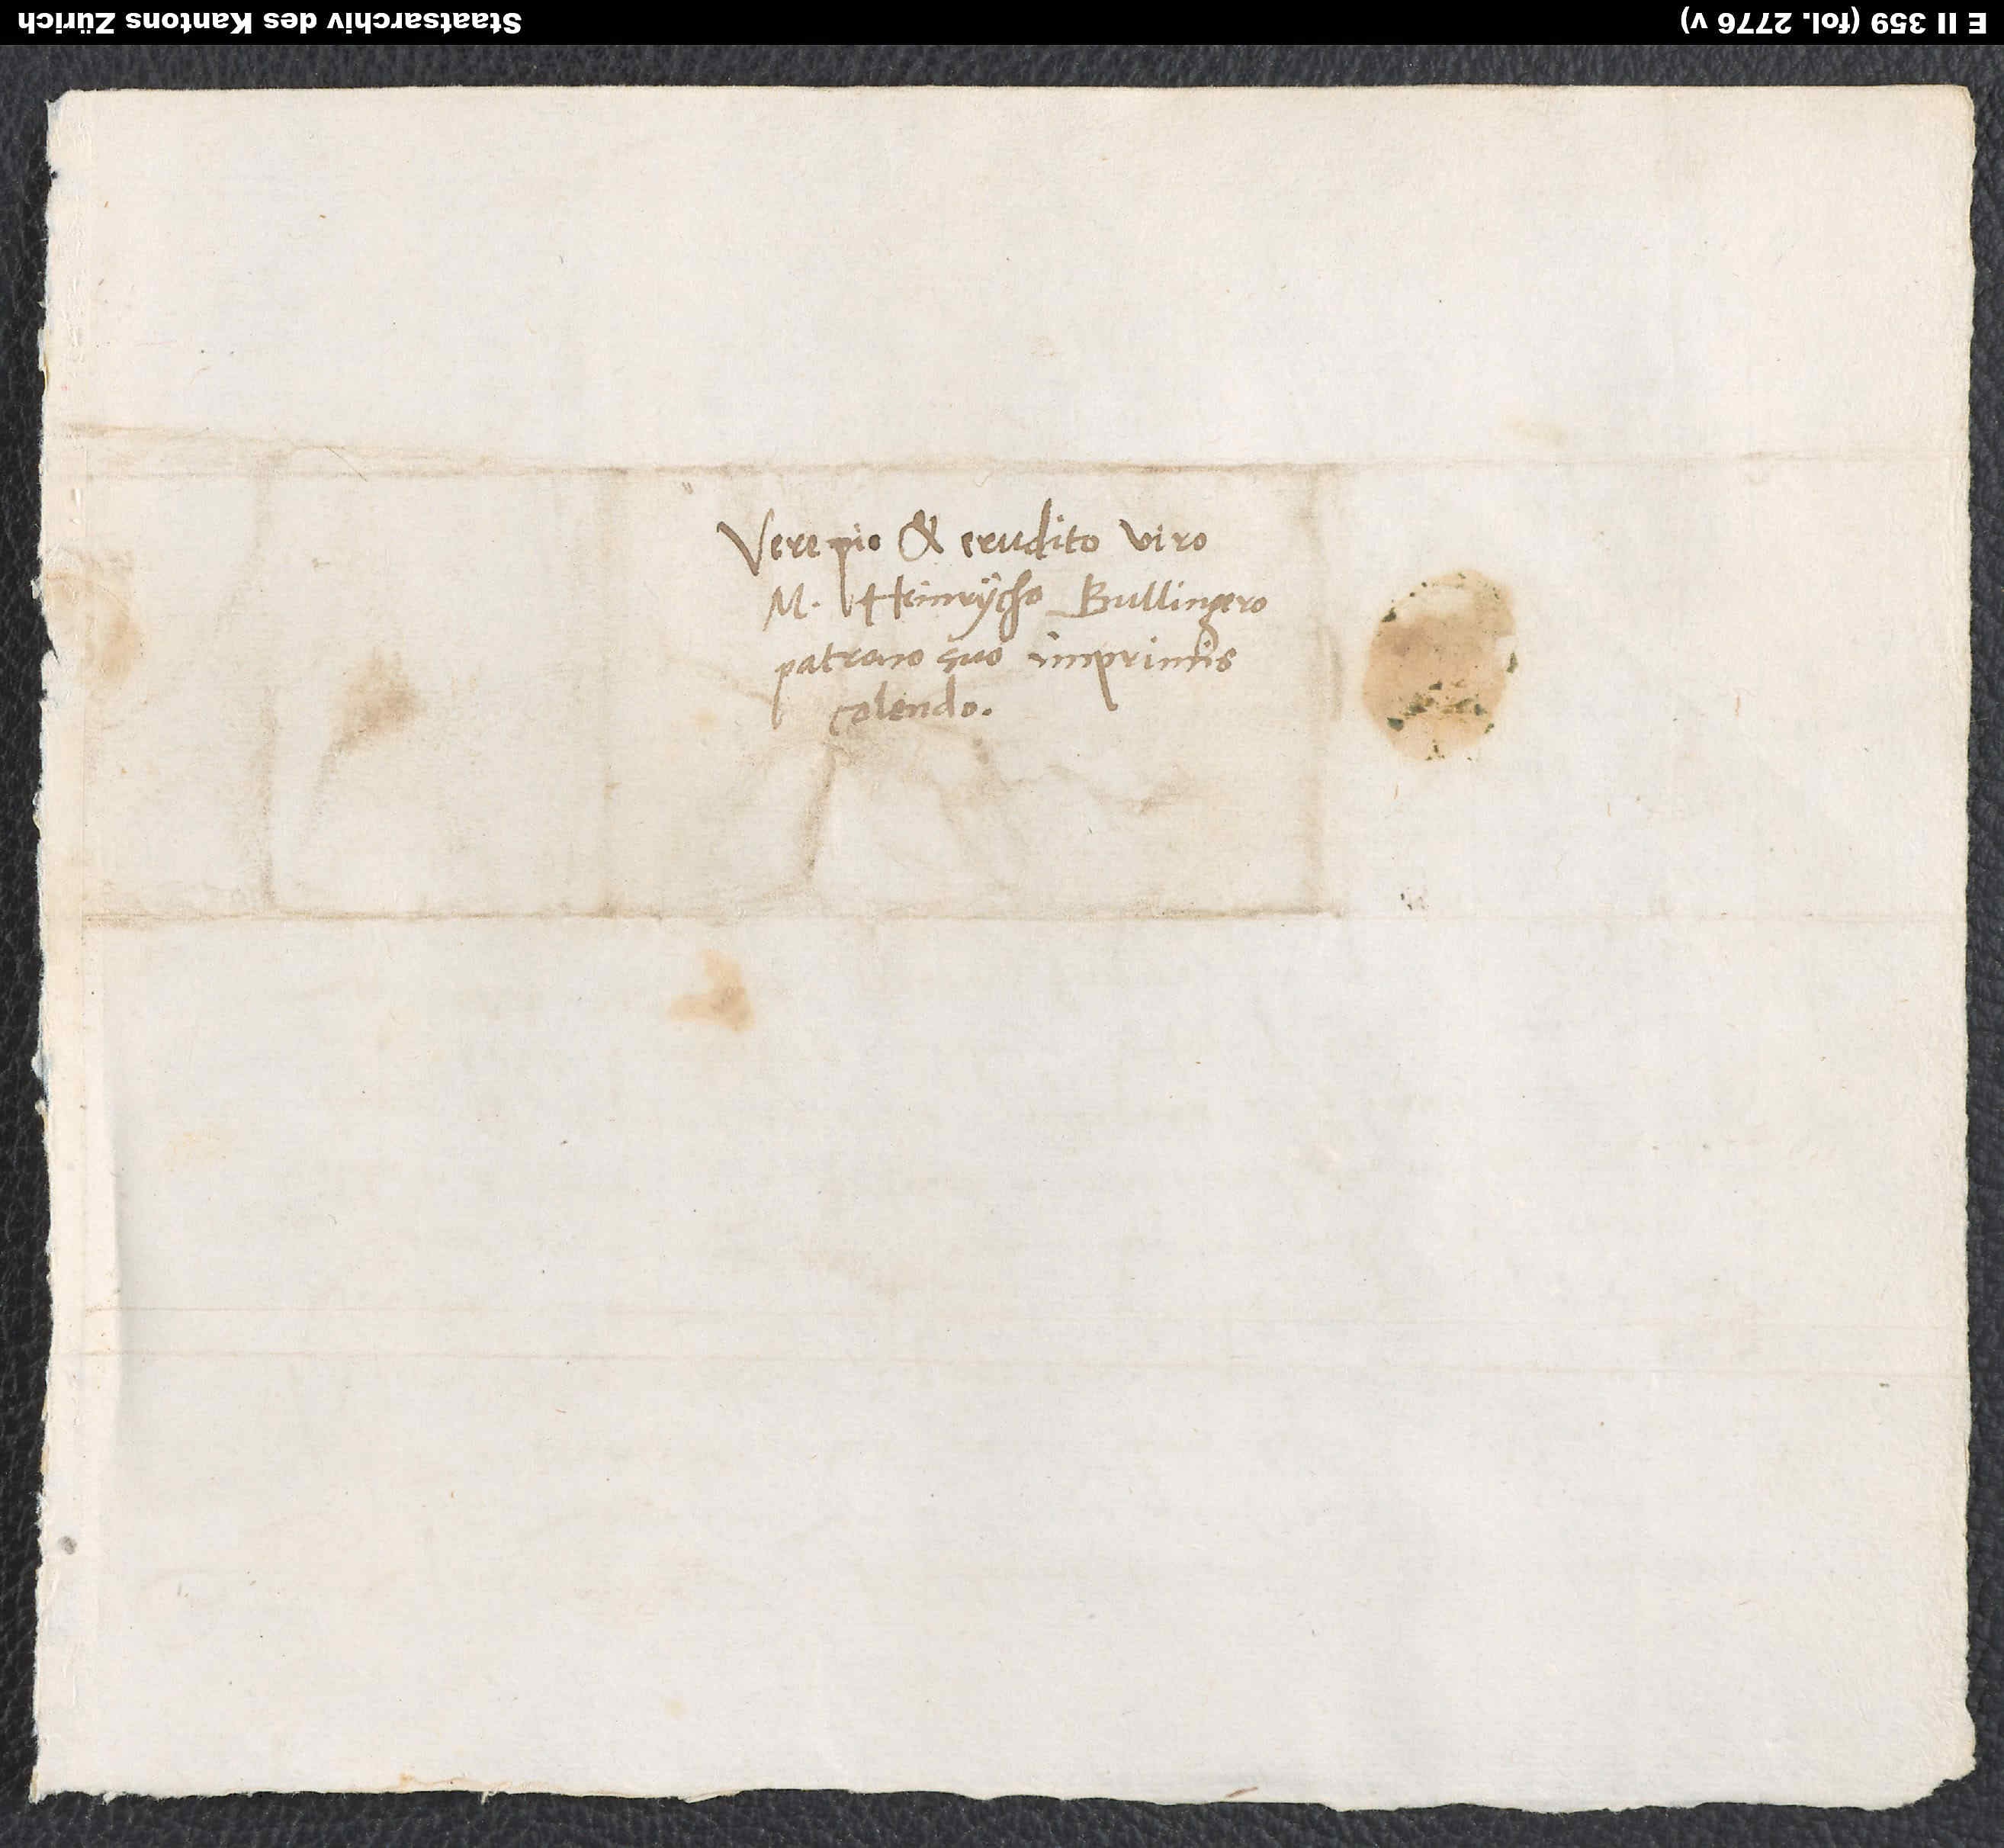
Vere pio et erudito viro
M. Heinrycho Bullingero,
patrono suo imprimis
colendo.